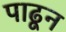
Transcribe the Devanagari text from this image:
पाढून